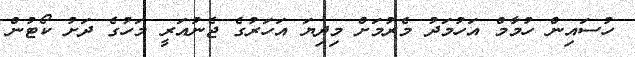
ހުސައިން ހުމާމް އަހުމަދު މެރުމަށް މިދިޔަ އަހަރުގެ ޖެނުއަރީ މަހުގެ ދަށު ކޯޓުން